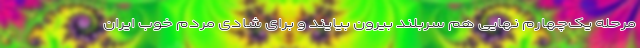
مرحله یک‌چهارم نهایی هم سربلند بیرون بیایند و برای شادی مردم خوب ایران